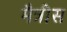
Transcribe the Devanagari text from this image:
मैत्रीस